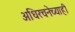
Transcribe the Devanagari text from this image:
अधिरचनेच्याही